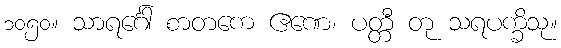
၁၀၅၀။ သာရင်္ဂေါ စာတကေ ဧဏေ၊ ပတ္တီ တု သရပက္ခိသု။